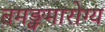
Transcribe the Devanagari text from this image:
तमङ्क्मारोग्य